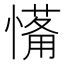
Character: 𱟉